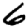
Digit: 6